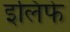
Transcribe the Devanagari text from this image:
इलिफे